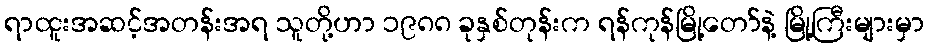
ရာထူးအဆင့်အတန်းအရ သူတို့ဟာ ၁၉၈၈ ခုနှစ်တုန်းက ရန်ကုန်မြို့တော်နဲ့ မြို့ကြီးများမှာ